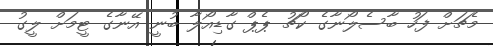
މެޗަށް ފަހު ބާސެލޯނާގެ ކޯޗު ޕެޕް ގާޑިއޯލާ ބުނީ އޭނާގެ ޓީމަށް ލީގު